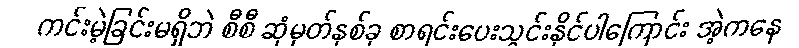
ကင်းမဲ့ခြင်းမရှိဘဲ စီစီ ဆုံမှတ်နှစ်ခု စာရင်းပေးသွင်းနိုင်ပါကြောင်း အဲ့ကနေ